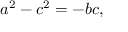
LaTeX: a ^ { 2 } - c ^ { 2 } = - b c ,